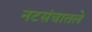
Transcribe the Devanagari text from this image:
नटसंचातले